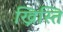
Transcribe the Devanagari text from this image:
ख्रिस्ति